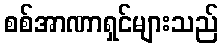
စစ်အာဏာရှင်များသည်